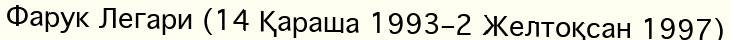
Фарук Легари (14 Қараша 1993–2 Желтоқсан 1997)